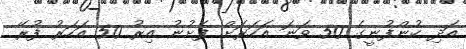
އަދި ކުންފުނީގެ 50 ވަނަ އަހަރަށް ފެށުނު އިރު 50 އަހަރު ފުރޭ